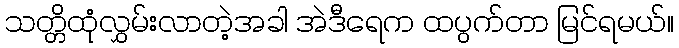
သတ္တိထုံလွှမ်းလာတဲ့အခါ အဲဒီရေက ထပွက်တာ မြင်ရမယ်။